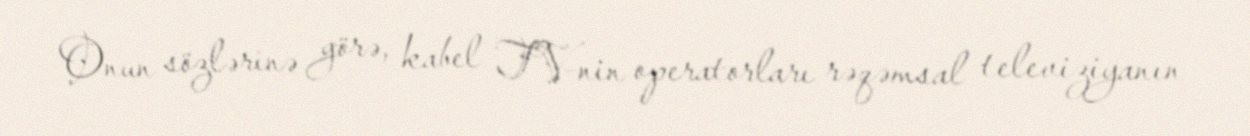
Onun sözlərinə görə, kabel TV-nin operatorları rəqəmsal televiziyanın